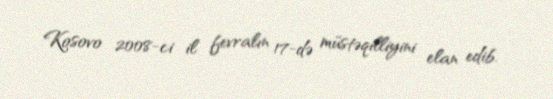
Kosovo 2008-ci il fevralın 17-də müstəqilliyini elan edib.